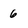
Character: 6